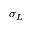
\sigma _ { L }